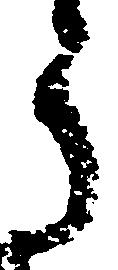
う